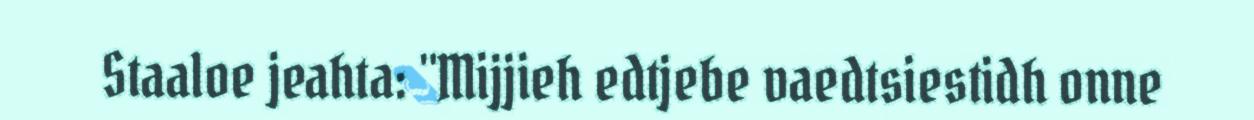
Staaloe jeahta: "Mijjieh edtjebe vaedtsiestidh onne